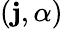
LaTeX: (\mathbf{j},\alpha)